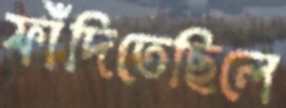
ফাঁদিতেছিলে